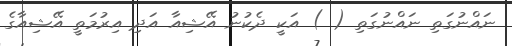
ނައްނުގަތި ނައްނުގަތި ( ) އަކީ ދެކުނު އޭޝިއާ އަދި އިރުމަތީ އޭޝިއާގެ